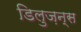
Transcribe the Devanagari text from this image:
डिलुज़न्स